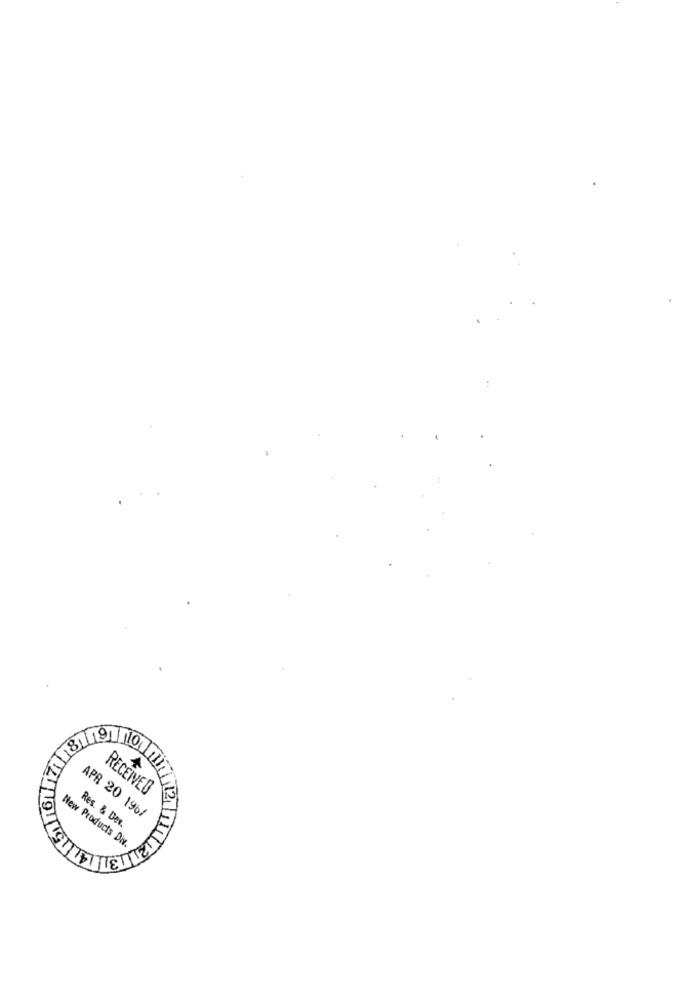
RECEIVED
Res. & Dev.
APR 20 196/
New Products Div.